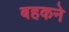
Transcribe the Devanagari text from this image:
बहकने